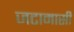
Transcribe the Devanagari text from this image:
जटामासी